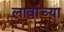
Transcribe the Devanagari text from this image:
लावांच्या